Sanitation, dispensaries and jails vaccination Rajputana 1922-1927 - 1922-1927
Year: 1922
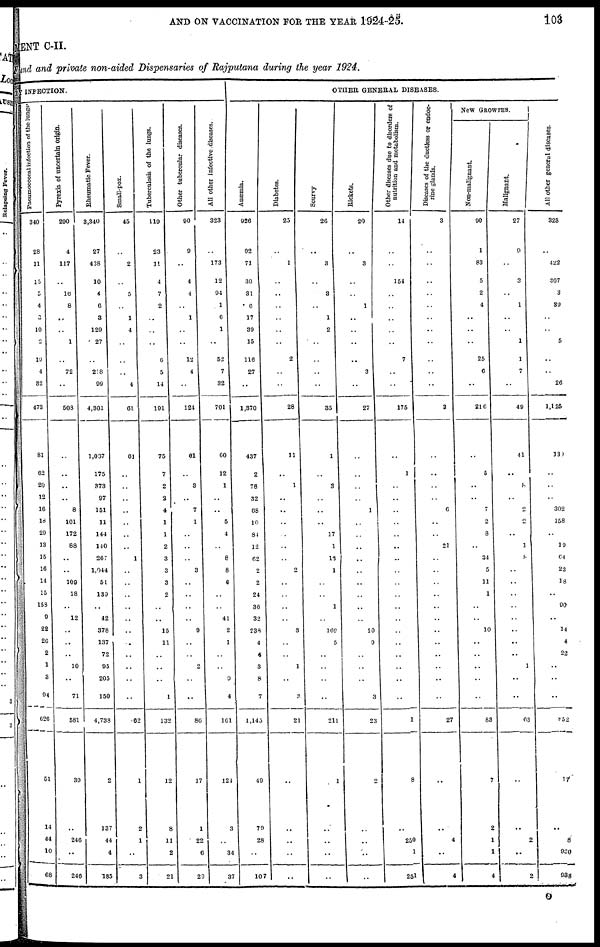
AND ON VACCINATION FOR THE YEAR
1924-25.
l03
MENT C-II.
Fund and private non-aided Dispensaries of Rajputana during the year 1924.
BY INFECTION.
Pneumococcal infection of the lungs.
340
28
11
15
5
4
3
10
2
19
4
32
473
81
62
20
12
16
18
29
13
15
16
14
15
158
9
22
26
2
1
3
94
626
51
14
44
10
68
Pyrexia of uncertain origin.
290
4
117
..
16
8
..
..
1
..
72
..
508
..
..
..
..
8
101
172
88
..
..
109
18
..
12
..
..
..
10
..
71
581
39
..
246
..
246
Rheumatic Fever.
3,340
27
438
10
4
6
3
129
27
..
218
99
4,301
1,037
175
373
97
151
11
144
140
267
1,044
51
139
..
42
378
137
72
95
205
150
4,738
2
137
44
4
185
Small-pox.
45
..
2
..
5
..
1
4
..
..
..
4
61
61
..
..
..
..
..
..
..
1
..
..
..
..
..
..
..
..
..
..
..
62
1
2
1
..
3
Tuberculosis of the lungs.
119
23
11
4
7
2
..
..
..
6
5
14
191
75
7
2
3
4
1
1
2
3
3
3
2
..
..
15
11
..
..
..
1
132
12
8
11
2
21
Other tubercular diseases.
90
9
..
4
4
..
1
..
..
12
4
..
124
61
..
3
..
7
1
..
..
..
3
..
..
..
..
9
..
..
2
..
..
86
17
1
22
6
29
All other infective.diseases.
323
..
173
12
94
1
6
1
..
52
7
32
701
60
12
1
..
..
5
4
..
8
8
6
..
..
41
2
1
..
..
9
4
161
124
3
..
34
37
OTHER GENERAL DISEASES.
Anæmia.
926
92
71
30
31
6
17
39
15
116
27
..
1,370
437
2
78
32
68
10
84
12
62
2
2
24
36
32
238
4
4
3
8
7
1,145
49
79
28
..
107
Diabetes.
25
..
1
..
..
..
..
..
..
2
..
..
28
11
..
1
..
..
..
..
..
..
2
..
..
..
..
3
..
..
1
..
3
21
..
..
..
..
..
Scurvy
26
..
3
..
3
..
1
2
..
..
..
..
35
1
..
3
..
..
..
17
1
18
1
..
..
1
..
169
5
..
..
..
..
211
1
..
..
..
..
Rickets.
20
..
3
..
..
1
..
..
..
..
3
..
27
..
..
..
..
1
..
..
..
..
..
..
..
..
..
10
9
..
..
..
3
23
2
..
..
..
..
Other diseases due to disorders of
nutrition and metabolism.
14
..
..
154
..
..
..
..
..
7
..
..
175
..
1
..
..
..
..
..
..
..
..
..
..
..
..
..
..
..
..
..
..
1
8
..
250
1
251
Diseases of the ductless or endoc-
rine
glands.
3
..
..
..
..
..
..
..
..
..
..
..
3
..
..
..
..
6
..
..
21
..
..
..
..
..
..
..
..
..
..
..
..
27
..
..
4
..
4
New GROWTHS.
Non-malignant.
90
1
83
5
2
4
..
..
..
25
6
..
216
..
5
..
..
7
2
8
..
34
5
11
1
..
..
10
..
..
..
..
..
83
7
2
1
1
4
Malignant.
27
9
..
3
..
1
..
..
1
1
7
..
49
41
..
8
..
2
2
..
1
8
..
..
..
..
..
..
..
..
1
..
..
63
..
..
2
..
2
All other general diseases.
328
..
422
307
3
39
..
..
5
..
..
26
1,125
J30
..
..
..
302
158
..
19
64
23
18
..
90
..
14
4
22
..
..
..
852
17
..
8
930
938
O